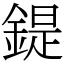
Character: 鍉